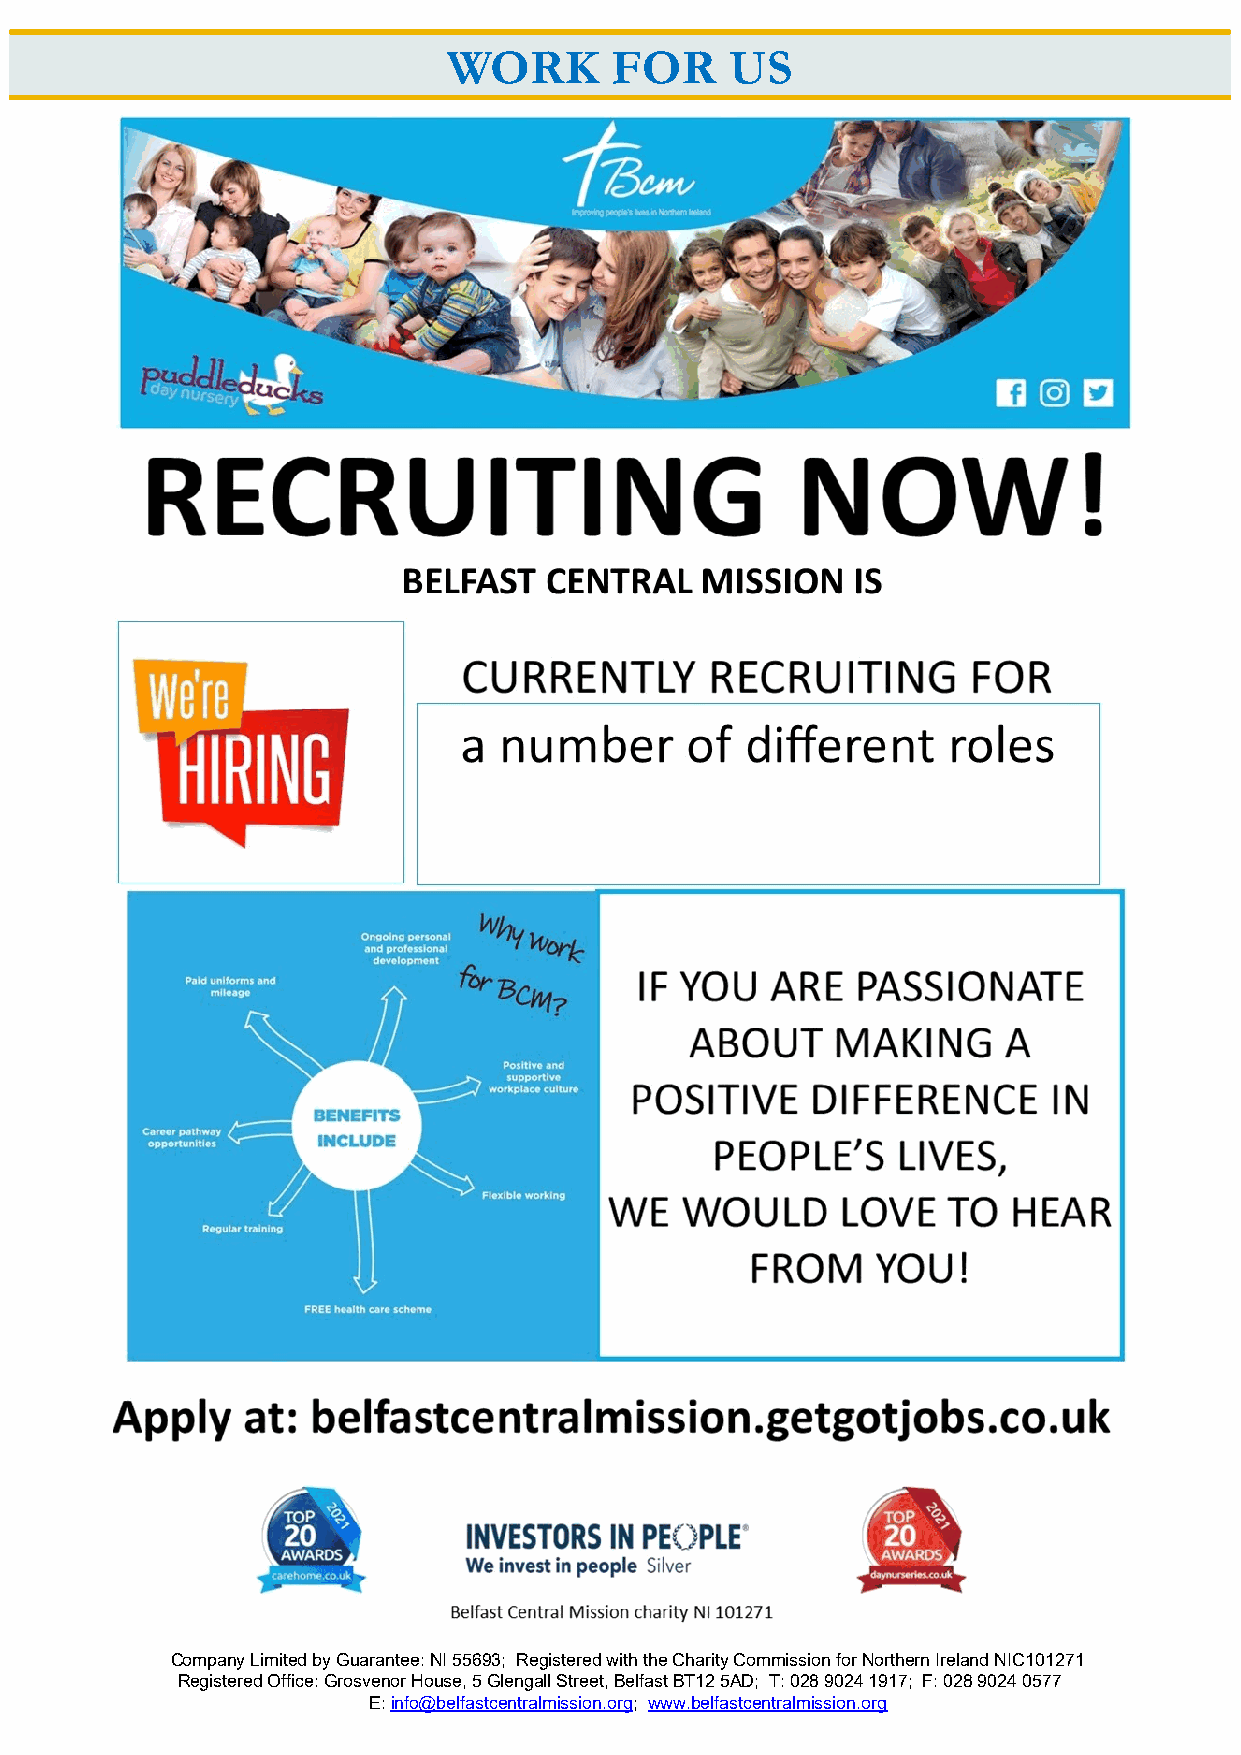
WORK      FOR     US
 Company Limited by Guarantee: NI 55693; Registered with the Charity Commission for Northern Ireland NIC101271
 Registered Office: Grosvenor House, 5 Glengall Street, Belfast BT12 5AD; T: 028 9024 1917; F: 028 9024 0577
 E: info@belfastcentralmission.org; www.belfastcentralmission.org